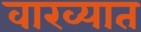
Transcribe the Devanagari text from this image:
वाख्यात